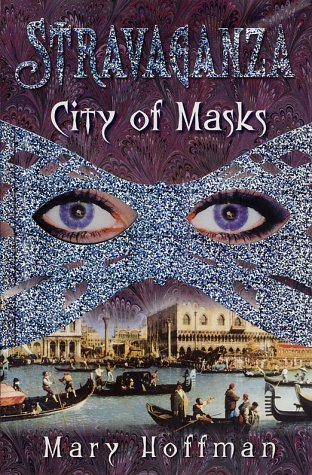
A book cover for Stravaganza City of Masks; Mary Hoffman; Teen & Young Adult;